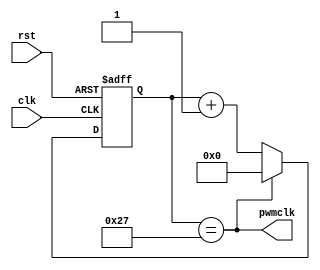
`timescale 1ns / 1ps
//////////////////////////////////////////////////////////////////////////////////
// Company: 
// Engineer: 
// 
// Design Name: 
// Module Name:    clk_PWM 
// Project Name: 
// Target Devices: 
// Tool versions: 
// Description: 
//
// Dependencies: 
//
// Revision: 
// Revision 0.01 - File Created
// Additional Comments: 
//
//////////////////////////////////////////////////////////////////////////////////
module clk_PWM(
   	input wire clk, rst, 
	   output wire pwmclk
);

reg[5:0] c_pwmclk, c_pwmclk_next;

always@(posedge clk, posedge rst)
begin
	if(rst)
		c_pwmclk <= 6'b0;
	else
		c_pwmclk <= c_pwmclk_next;
end

always@*
begin
	c_pwmclk_next = (c_pwmclk==6'd39)? 6'b0 : c_pwmclk + 1'b1;
end
assign pwmclk = (c_pwmclk==6'd39);

endmodule